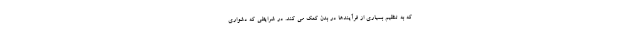
که به تنظیم بسیاری از فرآیندها در بدن کمک می کند. در شرایطی که دشواری